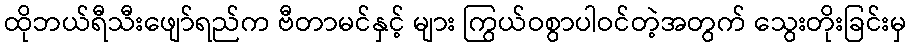
ထိုဘယ်ရီသီးဖျော်ရည်က ဗီတာမင်နှင့် များ ကြွယ်ဝစွာပါဝင်တဲ့အတွက် သွေးတိုးခြင်းမှ